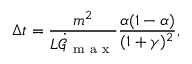
\Delta t = \frac { m ^ { 2 } } { L \dot { \mathcal { G } } _ { \mathrm { ~ m ~ a ~ x ~ } } } \frac { \alpha ( 1 - \alpha ) } { ( 1 + \gamma ) ^ { 2 } } ,